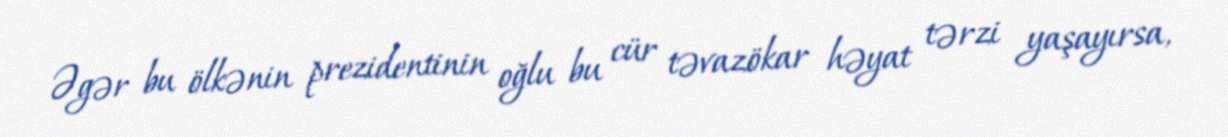
Əgər bu ölkənin prezidentinin oğlu bu cür təvazökar həyat tərzi yaşayırsa,